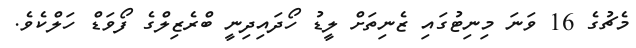
މެޗުގެ 16 ވަނަ މިނިޓުގައި ޒެނިތަށް ލީޑު ހޯދައިދިނީ ބްރެޒިލްގެ ފޯވަޑް ހަލްކެވެ.